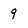
Character: 9